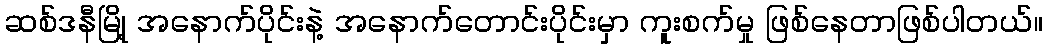
ဆစ်ဒနီမြို့ အနောက်ပိုင်းနဲ့ အနောက်တောင်းပိုင်းမှာ ကူးစက်မှု ဖြစ်နေတာဖြစ်ပါတယ်။